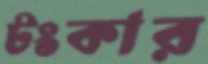
টংকার